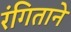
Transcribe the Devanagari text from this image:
रंगिताने